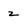
Character: z